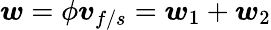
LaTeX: \boldsymbol{w}=\phi\boldsymbol{v}_{f/s}=\boldsymbol{w}_{1}+\boldsymbol{w}_{2}